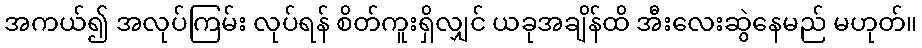
အကယ်၍ အလုပ်ကြမ်း လုပ်ရန် စိတ်ကူးရှိလျှင် ယခုအချိန်ထိ အီးလေးဆွဲနေမည် မဟုတ်။